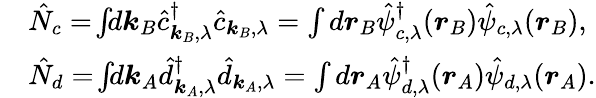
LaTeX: \begin{array}{rl}&{\hat{N}_{c}=\! \int\! \! d\boldsymbol{k}_{B}\hat{c}_{\boldsymbol{k}_{B},\lambda}^{\dagger}\hat{c}_{\boldsymbol{k}_{B},\lambda}=\int d\boldsymbol{r}_{B}\hat{\psi}_{c,\lambda}^{\dagger}(\boldsymbol{r}_{B})\hat{\psi}_{c,\lambda}(\boldsymbol{r}_{B}),}\\ &{\hat{N}_{d}=\! \int\! \! d\boldsymbol{k}_{A}\hat{d}_{\boldsymbol{k}_{A},\lambda}^{\dagger}\hat{d}_{\boldsymbol{k}_{A},\lambda}=\int d\boldsymbol{r}_{A}\hat{\psi}_{d,\lambda}^{\dagger}(\boldsymbol{r}_{A})\hat{\psi}_{d,\lambda}(\boldsymbol{r}_{A}).}\end{array}